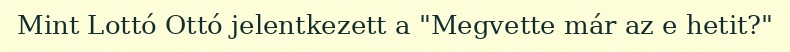
Mint Lottó Ottó jelentkezett a "Megvette már az e hetit?"